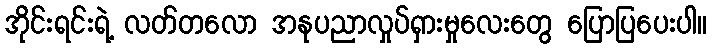
အိုင်းရင်းရဲ့ လတ်တလော အနုပညာလှုပ်ရှားမှုလေးတွေ ပြောပြပေးပါ။